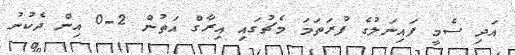
އަދި ސެމީ ފައިނަލުގެ ފުރަތަމަ މެޗުގައި އިރާގް އަތުން 2-0 އިން ދެކުނު